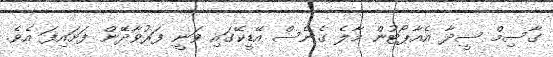
ގާސިމް ސީދާ އެއާޕޯޓުން މާލެ ގެނެސް އޭޑީކޭގައި ވަނީ ފަރުވާދޭން ފަށައިފަ އެވެ.